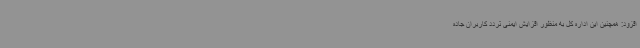
افزود: همچنین این اداره کل به منظور افزایش ایمنی تردد کاربران جاده